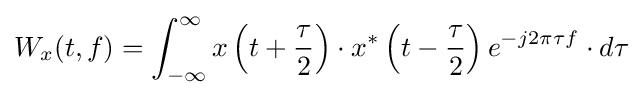
W_{x}(t,f)=\int _{-\infty }^{\infty }x\left(t+{\frac {\tau }{2}}\right)\cdot x^{*}\left(t-{\frac {\tau }{2}}\right)e^{-j2\pi \tau f}\cdot d\tau